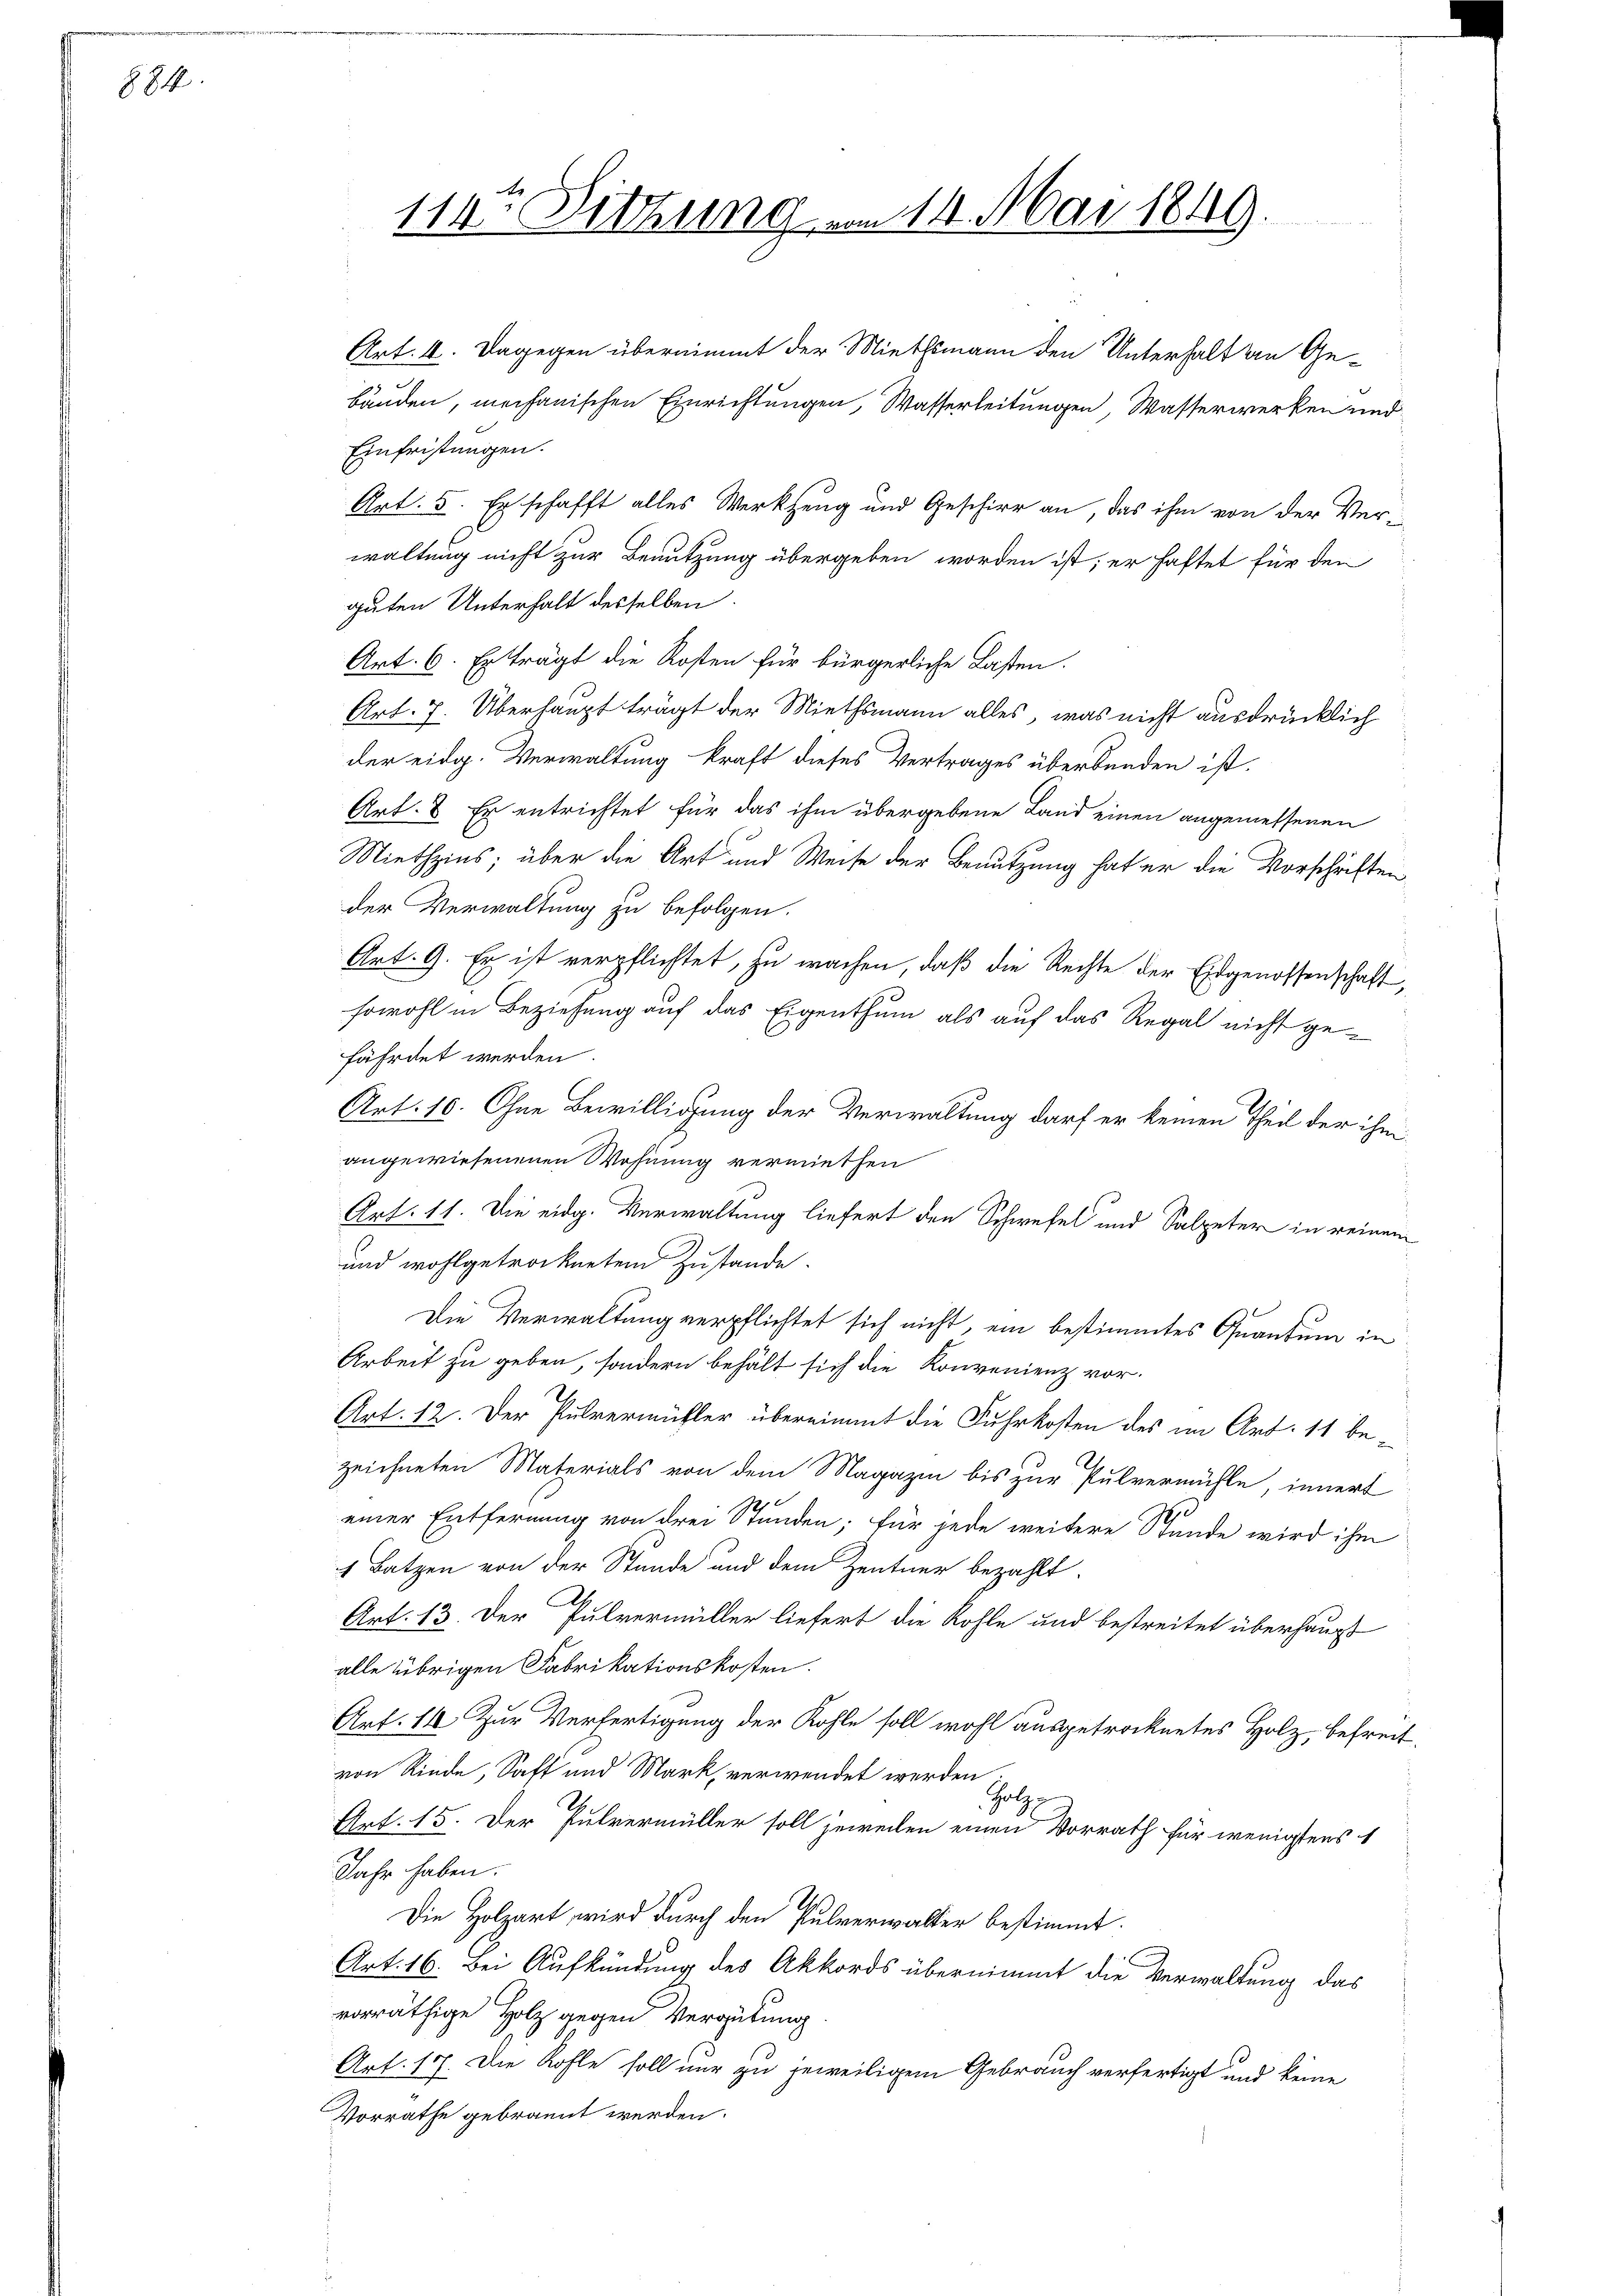
824.

waltung nicht zur Benutzung übergeben worden ist; er haftet für den
guten Unterhalt desselben.
Art. 6. Erträgt die Kosten für bürgerliche Lasten.
Art. 7. Überhaupt trägt der Miethsmann alles, was nicht ausdrücklich
der eidg. Verwaltung kraft dieses Vertrages überbunden ist.
Art. 8 Er entrichtet für das ihm übergebene Land einen angemessenen
Miethzins; über die Art und Weise der Benutzung hat er die Vorschriften
der Verwaltung zu befolgen.
Art. 9. Er ist verpflichtet, zu wachen, daß die Rechte der Eidgenossenschaft,
sowohl in Beziehung auf das Eigenthum als auf das Regal nicht gefährdet werden.
Art. 10. Ohne Bewilligung der Verwaltung darf er keinen Theil der ihm
angewiesenenen Wohnung vermiethen
Art. 11. Die eidg. Verwaltung liefert den Schwefel und Salpeter in reinem
und wohlgetrocknetem Zustande.
Die Verwaltung verpflichtet sich nicht, ein bestimmtes Quantum in
Arbeit zu geben, sondern behält sich die Konvenienz vor-
Art. 12. Der Pulvermühler übernimmt die Fuhrkosten des im Art. 11 bezeichneten Materials von dem Magazin bis zur Pulvermühle, innert
6
einer Entfernung von drei Stunden; für jede weitere Stunde wird ihm
1 Batzen von der Stunde und dem Zentner bezahlt.
Art. 13. Der Pulvermüller liefert die Kohle und bestreitet überhaupt
alle übrigen Fabrikationskosten.
Art. 14. Zur Verfertigung der Kohle soll wohl ausgetrocknetes Holz, befreitvon Rinde, Saft und Mark verwendet werden
Hotz
Art. 15. Der Pulvermüller soll jeweilen einen Vorrath für wenigstens 1
Jahr haben.
Die Holzart wird durch den Pulverwalter bestimmt.
Art. 16. Bei Aufkündung des Akkords übernimmt die Verwaltung das
vorräthige Holz gegen Vergütung.
Art. 17. Die Kohle soll nur zu jeweiligem Gebrauch verfertigt und keine
Vorrathe gebrannt werden.

Art. 4. Dagegen übernimmt der Miethsmann den Unterhalt an Gebäuden, mechanischen Einrichtungen, Wasserleitungen Wasserwerken und
Einfristungen.
Art. 5. Erschafft alles Werkzeug und Geschirr an, das ihm von der Ver-

114ten Sitzung vom 14. Mai 1849.